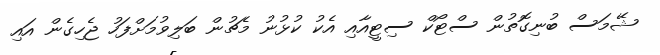
ޝޭމަސް ބުނިގޮތުން ސްޓޯކް ސިޓީއާއި އެކު ކުޅުނު މެޗުން ބަލިވުމަށްފަހު ޖެހިގެން އައި